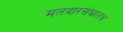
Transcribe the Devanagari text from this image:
मतदारसंघातच